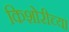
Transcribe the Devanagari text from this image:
किशोरीच्या